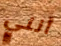
أنني